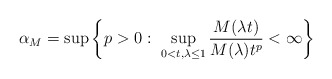
\begin{align*}\alpha_M=\sup\left\{p>0:\,\, \sup_{0<t,\lambda\leq 1} \frac{M(\lambda t)}{M(\lambda)t^p}<\infty \right\}\end{align*}